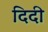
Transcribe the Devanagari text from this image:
दिदी